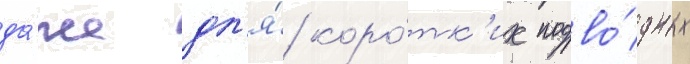
да́же дл'я́ коро́тк'их подво́дных